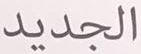
الجديد